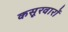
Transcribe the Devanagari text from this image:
कसूरवारों